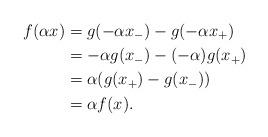
LaTeX: \begin{align*}f(\alpha x) &= g(-\alpha x_-) - g(-\alpha x_+) \\ &= -\alpha g(x_-) - (-\alpha)g(x_+) \\ &= \alpha (g(x_+) - g(x_-)) \\ &= \alpha f(x).\end{align*}